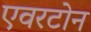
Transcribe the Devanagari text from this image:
एवरटोन